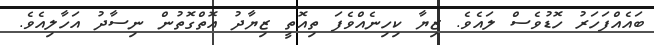
ބައެއްފަހަރު ހޮޑުވެސް ލައެވެ. ޒިޔާ ކިހިނެއްވެފަ ތިއޮތީ ޒިޔާދު އޮތްގޮތުން ނިސާދު އަހާލިއެވެ.